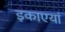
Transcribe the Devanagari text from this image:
इकाएयां